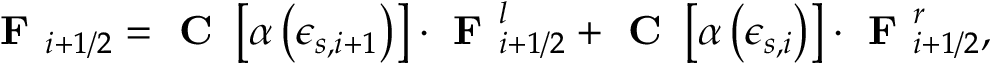
\textbf { F } _ { i + 1 / 2 } = \textbf { C } \left[ \alpha \left( \epsilon _ { s , i + 1 } \right) \right] \cdot \textbf { F } _ { i + 1 / 2 } ^ { l } + \textbf { C } \left[ \alpha \left( \epsilon _ { s , i } \right) \right] \cdot \textbf { F } _ { i + 1 / 2 } ^ { r } ,